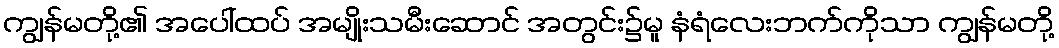
ကျွန်မတို့၏ အပေါ်ထပ် အမျိုးသမီးဆောင် အတွင်း၌မူ နံရံလေးဘက်ကိုသာ ကျွန်မတို့